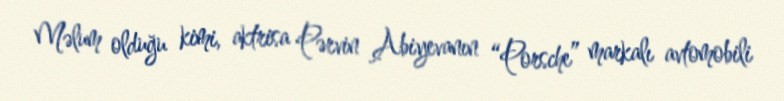
Məlum olduğu kimi, aktrisa Pərvin Abiyevanın “Porsche” markalı avtomobili